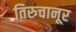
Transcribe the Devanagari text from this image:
तिरुचानूर